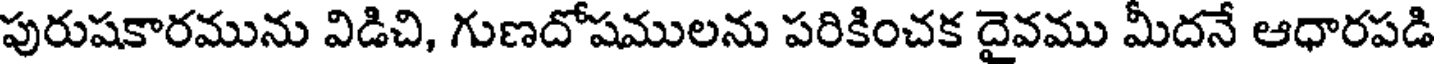
పురుషకారమును విడిచి, గుణదోషములను పరికించక దైవము మీదనే ఆధారపడి